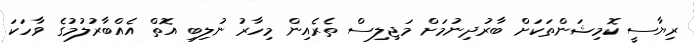
ރިޔާސީ ކޮމިޝަންތަކަށް ބާރުދިނުމަށް މަޖިލިސް ތެރެއިން މިހާރު ނުލިބި އޮތް އެއްބާރުލުމުގެ ވާހަކަ